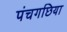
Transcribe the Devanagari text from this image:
पंचगछिया